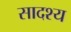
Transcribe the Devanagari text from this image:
सादश्य